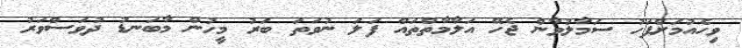
ވިހެއުމަށްފަހު ސަމާލުވާން ޖެހޭ އަލާމާތްތައް ފަލަ ނުވަތަ ބަރު މީހުން މާބަނޑު ދުވަސްވަރު